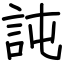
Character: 訰